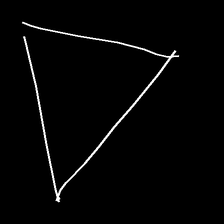
Glyph: convergence